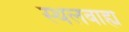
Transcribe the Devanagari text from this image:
स्थलबाह्य